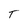
Character: T